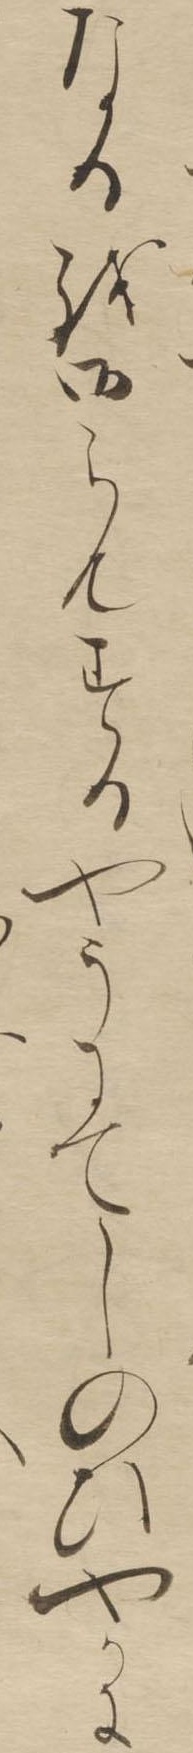
なるを御らんするやうにてしのひやかに